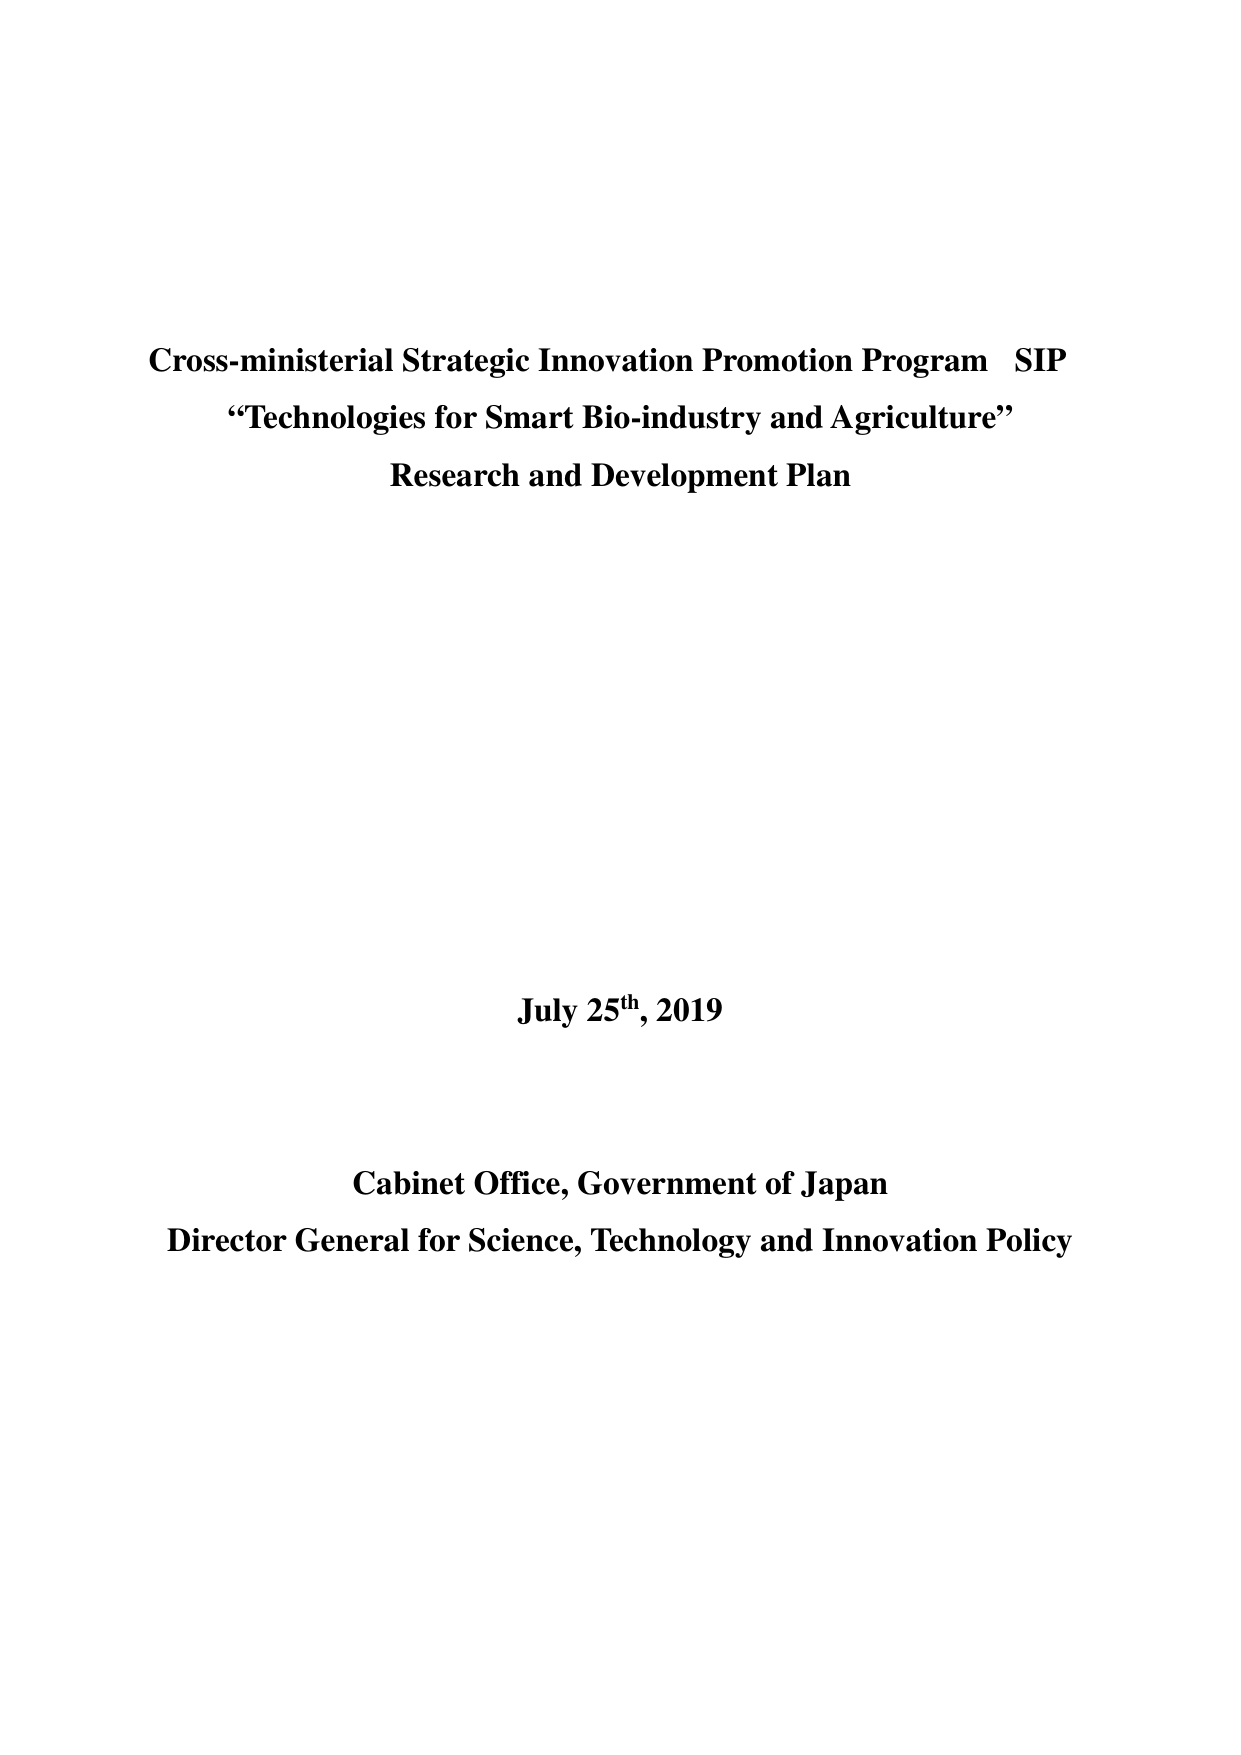
Cross-ministerial Strategic Innovation Promotion Program  SIP
“Technologies for Smart Bio-industry and Agriculture”
Research and Development Plan

July 25th, 2019

Cabinet Office, Government of Japan
Director General for Science, Technology and Innovation Policy